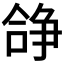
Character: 𠎈